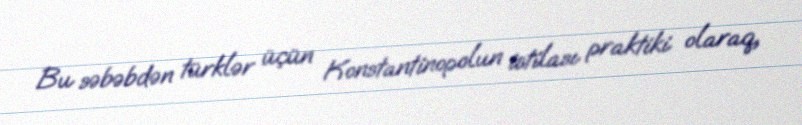
Bu səbəbdən türklər üçün Konstantinopolun istilası praktiki olaraq,